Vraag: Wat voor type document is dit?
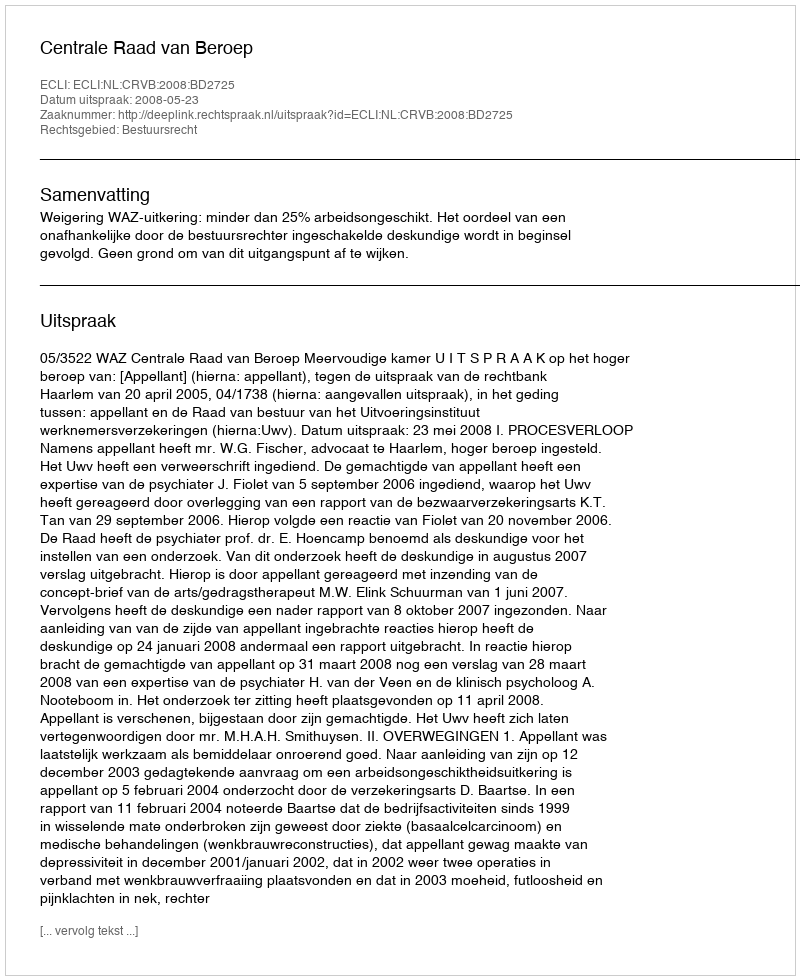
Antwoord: Uitspraak